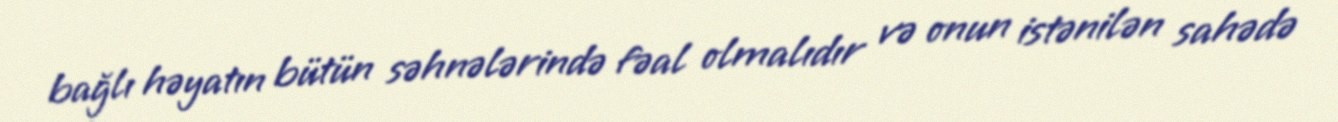
bağlı həyatın bütün səhnələrində fəal olmalıdır və onun istənilən sahədə